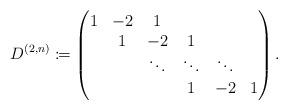
LaTeX: \begin{align*}D^{(2,n)}\coloneqq\begin{pmatrix}1 & -2 & 1 & & & \\& 1 & -2 & 1 & & \\& & \ddots & \ddots & \ddots & \\& & & 1 & -2 & 1 \\\end{pmatrix}.\end{align*}